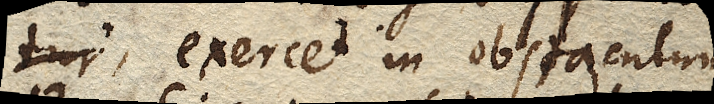
tur, exercet in obstaculum